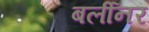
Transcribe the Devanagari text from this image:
बर्लीनर